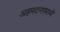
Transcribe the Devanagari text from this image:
अहमदनगमध्ये